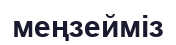
меңзейміз